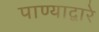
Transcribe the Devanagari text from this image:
पाण्याद्वारे